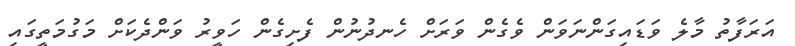
އަރަފާތު މާލެ ވަޑައިގަންނަވަން ވެގެން ވަރަށް ހެނދުނުން ފެށިގެން ހަވީރު ވަންދެކަށް މަގުމަތީގައި